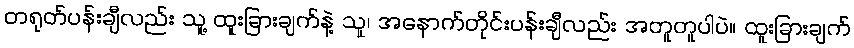
တရုတ်ပန်းချီလည်း သူ့ ထူးခြားချက်နဲ့ သူ၊ အနောက်တိုင်းပန်းချီလည်း အတူတူပါပဲ။ ထူးခြားချက်